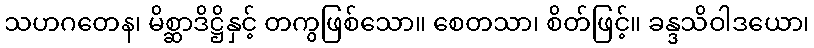
သဟဂတေန၊ မိစ္ဆာဒိဋ္ဌိနှင့် တကွဖြစ်သော။ စေတသာ၊ စိတ်ဖြင့်။ ခန္ဒသိဝါဒယော၊